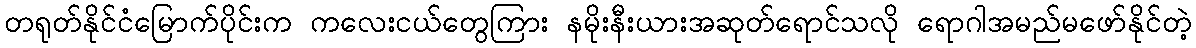
တရုတ်နိုင်ငံမြောက်ပိုင်းက ကလေးငယ်တွေကြား နမိုးနီးယားအဆုတ်ရောင်သလို ရောဂါအမည်မဖော်နိုင်တဲ့